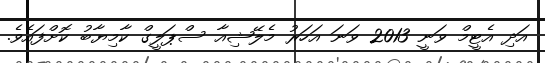
އަދި އެޓީމް ވަނީ 2013 ވަނަ އަހަރު މެލޭޝިއާ ސްޕަލީގް ކާމިޔާބު ކޮށްފައެވެ.